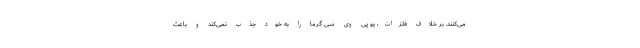
می‌کنند. بر خلاف فلزات، یو پی وی سی گرما را به خود جذب نمی‌کند و باعث